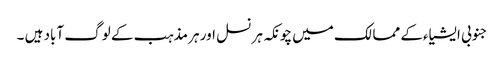
جنوبی ایشیاءکے ممالک میں چونکہ ہر نسل اور ہر مذہب کے لوگ آباد ہیں ۔